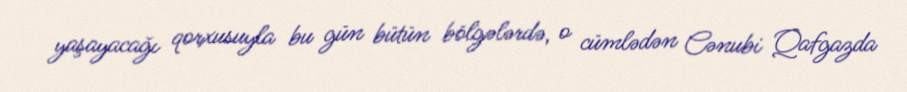
yaşayacağı qorxusuyla bu gün bütün bölgələrdə, o cümlədən Cənubi Qafgazda